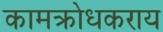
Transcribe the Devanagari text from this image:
कामक्रोधकराय